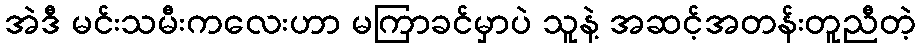
အဲဒီ မင်းသမီးကလေးဟာ မကြာခင်မှာပဲ သူနဲ့ အဆင့်အတန်းတူညီတဲ့